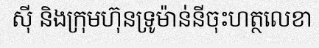
ស៊ី និងក្រុមហ៊ុនទ្រូម៉ាន់នីចុះហត្ថលេខា